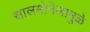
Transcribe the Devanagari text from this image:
सालमोनेलामुळे